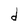
Character: d